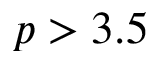
p > 3 . 5